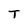
Character: T